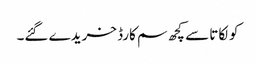
کولکاتا سے کچھ سم کارڈ خریدے گئے۔